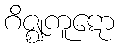
ဂိဇ္ဈကူဋော